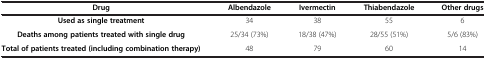
| Drug | Albendazole | Ivermectin | Thiabendazole | Other drugs |
 | --- | --- | --- | --- | --- |
 | Used as single treatment | 34 | 38 | 55 | 6 |
 | Deaths among patients treated with single drug | 25/34 (73%) | 18/38 (47%) | 28/55 (51%) | 5/6 (83%) |
 | Total of patients treated (including combination therapy) | 48 | 79 | 60 | 14 |